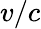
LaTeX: v/c